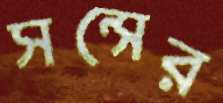
সন্সের